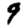
Digit: 9